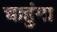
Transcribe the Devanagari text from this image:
चाहुंगा